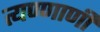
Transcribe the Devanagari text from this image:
त्यण्णाणी